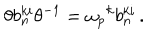
LaTeX: \theta b _ { n } ^ { k i } \theta ^ { - 1 } = { \omega _ { p } } ^ { k } b _ { n } ^ { k i } \, .